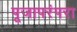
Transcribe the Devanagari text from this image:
पूजापरंपरा